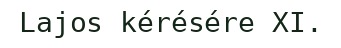
Lajos kérésére XI.